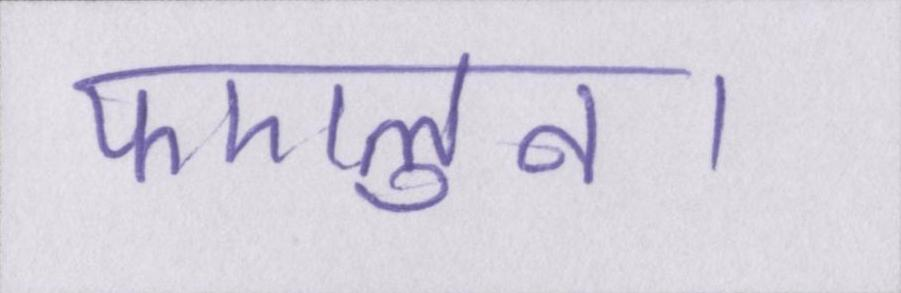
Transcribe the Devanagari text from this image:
फएलुन।